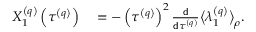
\begin{array} { r l } { X _ { 1 } ^ { \left( q \right) } \left( \tau ^ { \left( q \right) } \right) } & { { } = - \left( \tau ^ { \left( q \right) } \right) ^ { 2 } \frac { \mathsf { d } } { \mathsf { d } \tau ^ { \left( q \right) } } \big \langle \lambda _ { 1 } ^ { \left( q \right) } \big \rangle _ { \rho } . } \end{array}